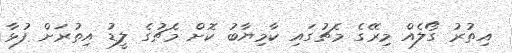
އިތުރު ގޯލެއް މިރޭގެ މެޗުގައި ކާމިޔާބު ކޮށް މެޗުގެ ލީޑު އިތުރަށް ފުޅާ